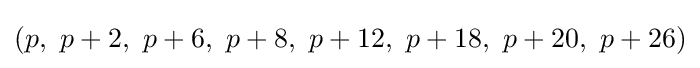
(p,\ p+2,\ p+6,\ p+8,\ p+12,\ p+18,\ p+20,\ p+26)